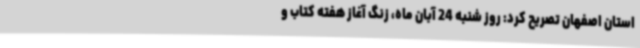
استان اصفهان تصریح کرد: روز شنبه 24 آبان ماه، زنگ آغاز هفته کتاب و